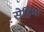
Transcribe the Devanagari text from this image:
सेहिमा